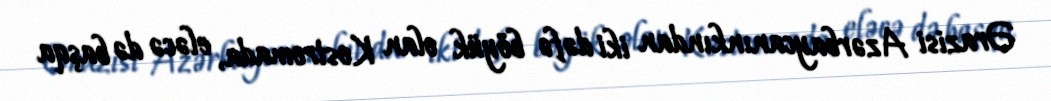
Ərazisi Azərbaycanınkından iki dəfə böyük olan Kostromada, eləcə də başqa